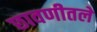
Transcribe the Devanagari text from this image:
छावणीतले